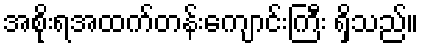
အစိုးရအထက်တန်းကျောင်းကြီး ရှိသည်။